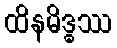
ထိနမိဒ္ဓဿ